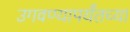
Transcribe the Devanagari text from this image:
उगवण्यापर्यंतच्या